Leaving Certificate Examination, 1920
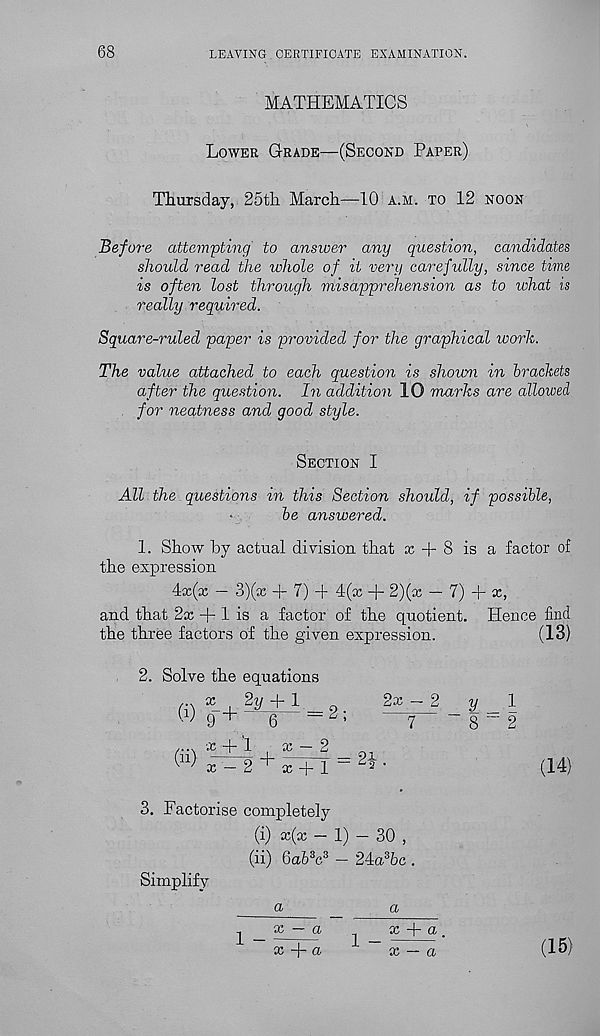
LEAVING. CERTIFICATE EXAMINATION.
MATHEMATICS
Lower Grade—(Second Paper)
Thursday, 25th March—10 a.m. to 12 noon
Before attempting to answer any question, candidates
should read the whole of it very carefully, since time
is often lost through misapprehension as to what is
really required.
Square-ruled paper is provided for the graphical work.
The value attached to each question is shown in brackets
after the question. In addition 10 marks are allowed
for neatness and good style.
Section I
All the questions in this Section should, if possible,
be answered.
1. Show "by actual division that x + 8 is a factor of
the expression
4x(x — 3)(x + 7) -f 4(x + 2)(x — 7) 4
and that 2x 4 1 is a factor of the quotient. Hence find
the three factors of the given expression.
(13)
2. Solve the equations
2x — 2
y
8
1
2
x 4 1 . x — 2
(14)
3. Factorise completely
(i) x(x - 1) - 30 ,
(ii) 6afi 3 c 3 — 24a 3 6c .
Simplify
a
^
a
x — a
x 4 a .
x 4 »
x — a
(15)